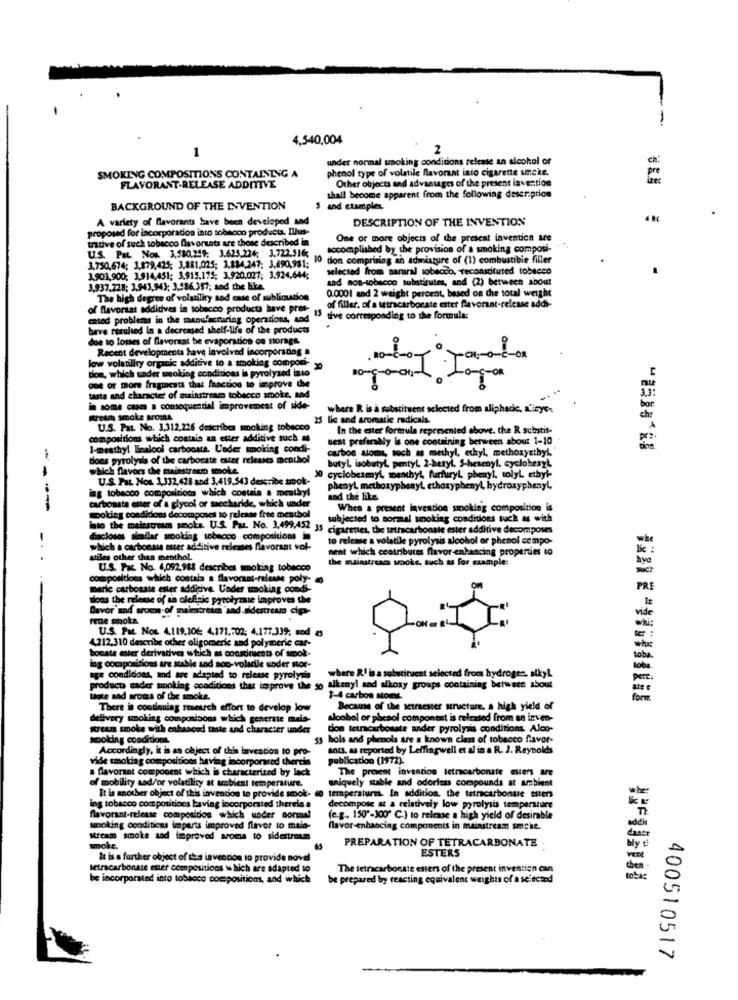
4,540,004
under normal smoking conditions release an alcohol or
phenol type of volatile flavorant into cigarette smoke.
SMOKING COMPOSITIONS CONTAINING A
Other objects and advantages of the present invention
FLAVORANT-RELEASE ADDITIVE
shall become apparent from the following description
BACKGROUND OF THE INVENTION
5 and ctamples
A variety of flavorants have been developed and
DESCRIPTION OF THE INVENTION
proposed for incorporation into sobacon producta. Illus-
tative of such tobacco flavorants are those described in
One or more objects of the present invention are
U.S. Pat. Now. 3,580.249; 3.625,224; . 3,722,516;
accomplished by the provision of a smoking composi-
10 don comprising an admixture of (1) combustible filler
3,750,674; 3,879,425; 3,881.025; 3.884,247; 3.490,981;
selected from sarural tobacco, Teconstituted tobacco
3,903,900; 3,914,451; 3.915,175; 3.920,027; 3.924,644;
and son-tobacco substitutes, and (2) between about
3,937,228; 3,943,94); 3,586.357; and the like.
0.0001 and 2 weight percent, based on che total weight
The high degree of volatility nod case of sublimation
of flavorsat additives in tobacco products have pres-
of filler, of a tetracarborste ester flavorant-release addi-
cated problems in the manufacturing operations, and
15 sive corresponding to the formula:
have resulted in a decreased shelf-life of the products
doe to losses of flavorsat be evaporation os storage.
Recent developments have involved incorporados a
low volatility organic additive to a smoking compori-
don, which sader smoking conditions in pyrolysed into
one or more frageatt that function to improve the
taste and character of auinstream tobacco smoke, and
in some cases a consequential improvement of side-
where R is a substituent selected from aliphatic, atieye,
Kreum smoke Mosta.
25 lie and aromatic radicals.
U.S. Pat. No. 3,312,226 describes malting tobacco
In the ester formula represented above. the R substit-
compositions which contain an etter additive such as
Best preferably is one containing between about 1-10
I-mrathy! Enalool carbonate. L'ader smoking condi-
carbon atoms, such as methyl, ethyl, methoxyethyl,
Bons pyrolysis of the carborate ester releases menthol
butyl isobutyl, pentyl, 2-beryl, 5-hetenyl. cyclohexyt,
which flavors the mainstream smoke.
U.S. Pat Nos. 1,332,428 and 3,419,543 describe smok-
% cyclobesenyi, menthyl, furfuryl phenyl, tolyt, ethyl-
ing tobacco compositions which contain a menthyl
phenyl methoxyphenyl, ethoxyphenyl, hydroxyphenyl.
Carbonata etter of a glycol or saccharide, which under
and the like.
---
woking conditions decomposes to release free menthol
When a present invention smoking composition is
subjected to normal smoking conditions such as with
bio the mainstream smoks. U.S. Par. No. 3,499,457 35 cigarenes, the tetracarbonate ester additive decomposes
daclous similar scoking tobacco compositions in
to release a volatile pyrolysis alcohol or phenol campo-
which a carbonsu muer additive releases flavorant vol-
nent which contributes flavor-enhancing properties to
-..
utiles other than menthol.
the mainstream spoke, such as for example:
U.S. Pat. No. 4,092,988 describes smoking tobacco
compositions which contain a flavoraat-release poly-
meric carbonate ester additive. Under smoking condi-
domus the release of an olefinic pyrolyse improves the
Davor and aroma of maimtrtam and sidestream cip-
frne smoka
4.212,310 describe other oligomeric and polymeric car-
U.S. Pat Nos. 4.119,106 4.171.702: 4.177,339; and
1
boosts ester derivatives which as constreets of sok.
ing compositions are stable and soo-voladle under stor-
age condicions, and are adapted to release pyrolysis
where R' is a sobstirvent selected from hydrogen. alkyL
products sader smoking conditions that improve the so alkenyl and aloxy groups containing between about
alkeny! and alkosy groups containing between about
taste and aroma of the smoke.
1-4 carbon storns.
There is continuing research effort to develop low
Because of the ictrester structure, a high yield of
delivery smoking compositions which generate mais-
woobol or phesol compontat is released from an inven-
stream smoke with enhanced taste and character under
don tetracarbonate ander pyrolysis conditions Alco-
woking conditions.
53 hols and phenols are a known class of tobacco flavor-
Accordingly, it is an object of this invention to pro-
A043. as reported by Leffingwell et al in a R. J. Reynolds
vide smoking compositions having incorporated thereis
publication (1972).
a flavorant component which is characterized by lack
The present invention letracarbonate esters are
uniquely stable and odorless compounds at ambient
of mobility and/or volatility at sccbient temperature.
It is another object of this invention to provide smook.
temperatures. In addition, the tetracarbonare esters
ing tobacco com positions having incorporated thereis a
decompose at a relatively low pyrolysis temperature
flavorant-release composidos which under normal
(e.g. 150"-100" C.) to release a high yield of desirable
smoking conditions impara improved flavor to male-
flavor-enhancing components in mainstream smcke.
stream smoke and improved aroma to sidestream
PREPARATION OF TETRACARBONATE
ESTERS
My
It is a further object of the invention to provide novel
letracarbonate ester compositions which are adapted to
The tetracarbonate esters of the present invention can
be incorporated into tobacco composition, and which
be prepared by reacting equivalent weights of a selected
400510517